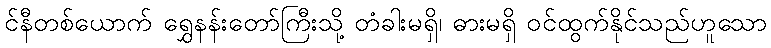
င်နီတစ်ယောက် ရွှေနန်းတော်ကြီးသို့ တံခါးမရှိ၊ ဓားမရှိ ဝင်ထွက်နိုင်သည်ဟူသော